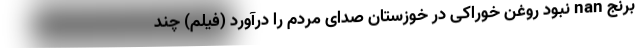
برنج nan نبود روغن خوراکی در خوزستان صدای مردم را درآورد (فیلم) چند